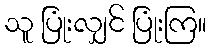
သူ ပြုံးလျှင် ပြုံးကြ။